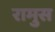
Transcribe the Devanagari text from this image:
रामुस